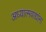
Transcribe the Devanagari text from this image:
अध्यात्मवाद्यांना